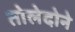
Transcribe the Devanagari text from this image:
तोलेदोने